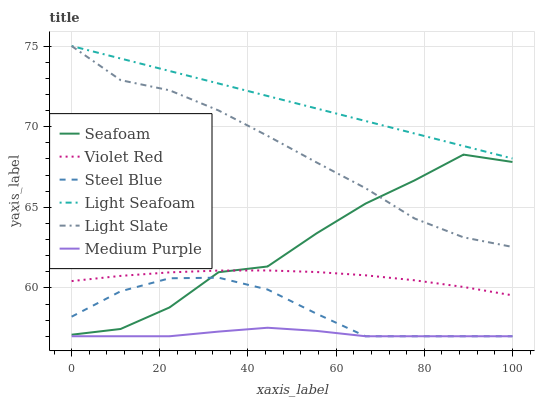
| xaxis_label | Seafoam | Violet Red | Steel Blue | Light Seafoam | Light Slate | Medium Purple |
 | --- | --- | --- | --- | --- | --- | --- |
 | 0 | 57.1 | 60.4 | 58.2 | 75 | 75 | 57 |
 | 11.1 | 57.5 | 60.7 | 59.8 | 74.2 | 72.9 | 57 |
 | 22.2 | 58.8 | 61 | 60.6 | 73.4 | 72.3 | 57 |
 | 33.3 | 61 | 61.1 | 60.6 | 72.7 | 71 | 57.3 |
 | 44.4 | 61.3 | 61.1 | 59.9 | 71.9 | 69.4 | 57.5 |
 | 55.6 | 63.4 | 61 | 58.4 | 71.1 | 67.8 | 57.3 |
 | 66.7 | 65.2 | 60.8 | 57 | 70.3 | 66.2 | 57 |
 | 77.8 | 66.7 | 60.5 | 57 | 69.6 | 64.3 | 57 |
 | 88.9 | 68.3 | 60.1 | 57 | 68.8 | 63.1 | 57 |
 | 100 | 67.8 | 59.5 | 57 | 68 | 62.5 | 57 |